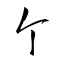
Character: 个